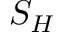
S _ { H }